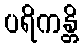
ပရိကန္တိ